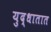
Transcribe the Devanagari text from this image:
युद्धातात